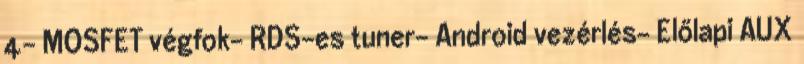
4- MOSFET végfok- RDS-es tuner- Android vezérlés- Előlapi AUX